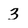
Character: 3